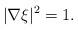
LaTeX: \begin{align*}|\nabla \xi|^2=1.\end{align*}